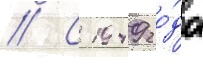
// С 1949 го́да